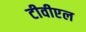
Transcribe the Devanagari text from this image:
टीवीएल